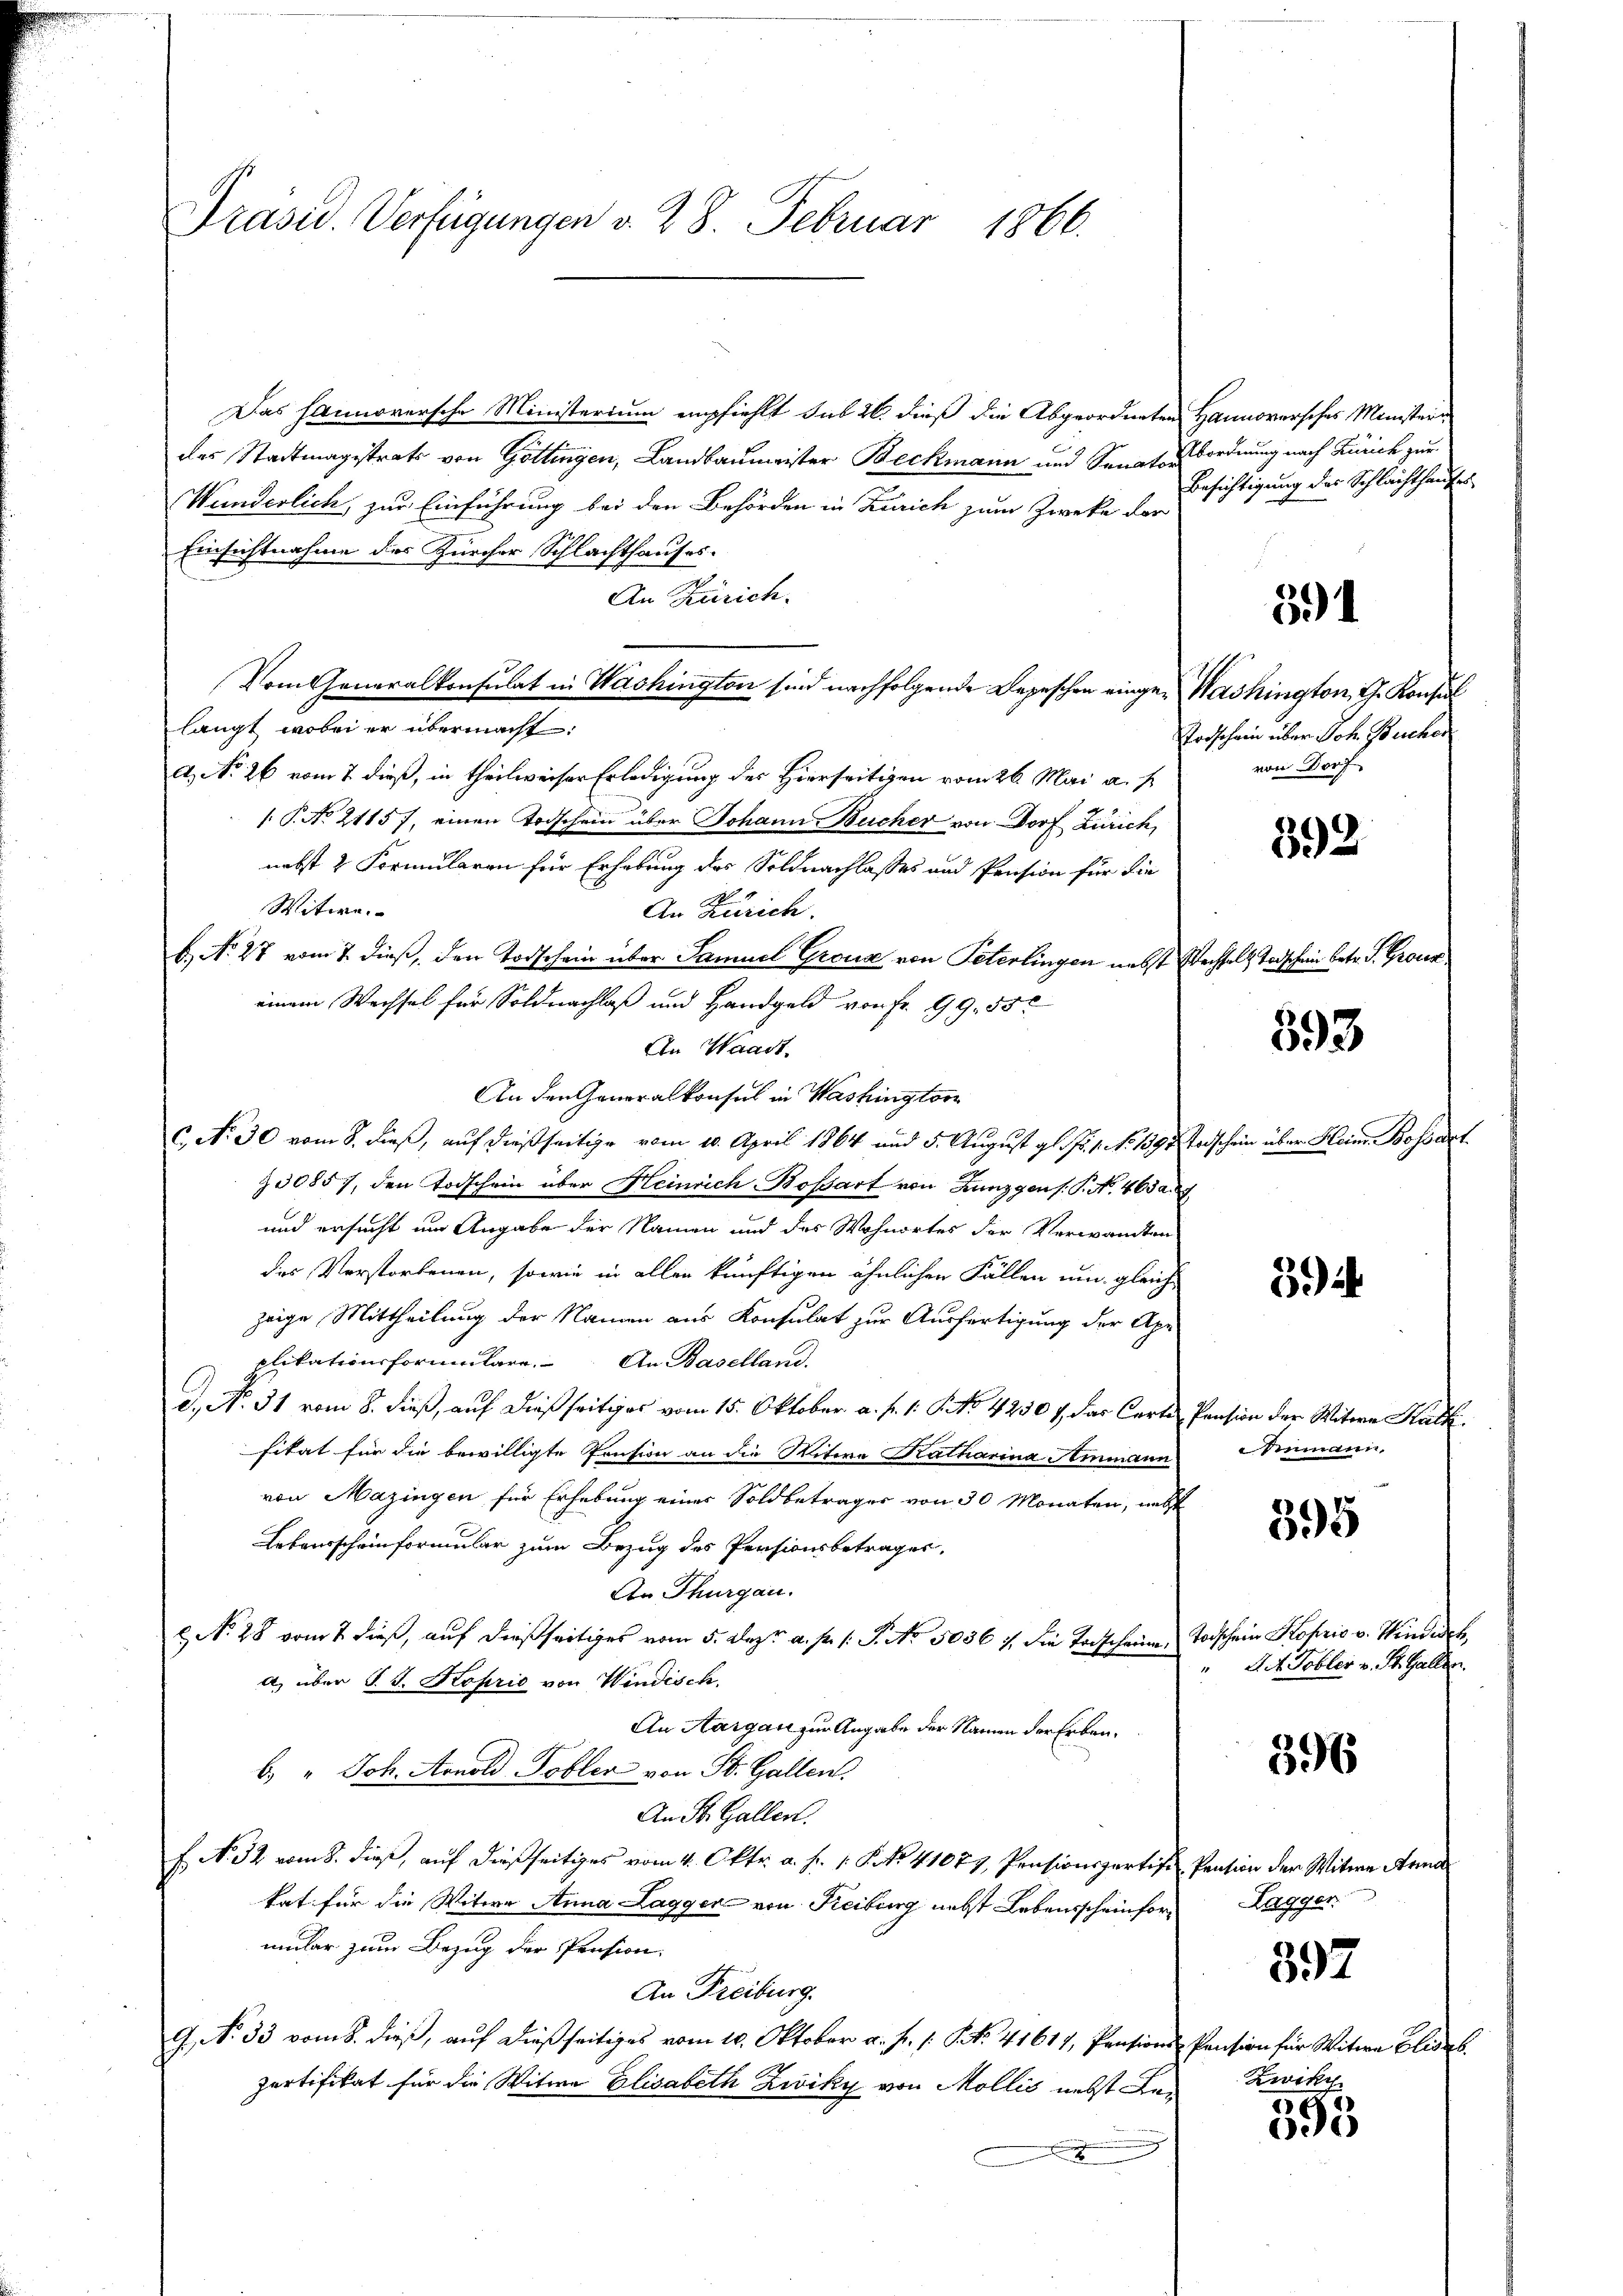
Präsid. Verfügungen v. 28. Februar 1866.

Das Hannoversche Ministerium empfiehlt sub 26. dieß die Abgeordneten Hannoversches Ministeri
des Stadtmagistrats von Göttingen, Landbaumeister Beckmann und Senats ordnung nach Zürich zur
Wunderlich, zur Einführung bei den Behörden in Zürich zum Zwecke der
Einsichtnahme des Zürcher Schlachthauses.
An Zürich.
Vom Generalkonsulat in Washington sind nachfolgende Depeschen einge- Washington G. Konsul
langt, wobei er übermacht:
A, No 26 vom 7 dieß, in theilweiser Erledigung des Hierseitigen vom 26. Mai a. f.
[: P. No 2115 f, einen Todschein über Johann Bucher von Dorf Zürich,
nebst 2 Formularen für Erhebung des Soldnachlasses und Pension für die
Witwe
An Zürich.
b) No 27 vom 7. dieß, den Todschein über Samuel Graus von Peterlingen nebst Wechsels Todschein betr. S. Groun
einem Wechsel für Soldnachlaß und Handgeld von Fr. 99. 550
An Waadt.
An den Generalkonsul in Washington
c. No 30 vom 8. dieß, auf dießseitige vom 10. April 1864 und 5. August gl. P. 1. No 1391 Todschein über Heine Bossart
Z 30857, den Todschein über Heinrich-Bossart von Lunzgens. P. Nr. 465 a.
und ersucht um Angabe der Namen und des Wohnortes der Verwandten
des Verstorbenen, sowie in allen künftigen ähnlichen Fällen um gleiche
zeige Mittheilung der Namen aus Konsulat zur Ausfertigung der Apr
plikationsformulare. An Baselland.
A. No. 31 vom 8. dieß, auf dießseitiges vom 15. Oktober a. f. 1. P. No 4250 & das Carte Pension der Witwe Kal
sitat für die bewilligte Pension an die Witwe Katharina Ammann
von Mazingen für Erhebung eines Soldbetrages von 30 Monaten, nebst
Lebensscheinformular zum Bezug des Pensionsbetrages,
An Thurgau.
 No 28 vom 2. dieß, auf dießseitiges vom 5. Dez. a. pr. s. S. No. 5036. 7. die Todscheinen Todschein Kopris v. Hendisch,
a) über S. S. Koprio von Windisch.
An Aargau zur Angabe der Namen der Erbaub. " Joh. Arnold Tobler von St. Gallen.
An St. Gallen.
E N. 32 vom 8. dieß, auf dießseitiges vom 4. Oktr. a. f. 1. No. 41077, Pensionsportis Pention der Witwe Arma
kat für die Witwe Anna Laggen von Reiburg nebst Lebensscheinformular zum Bezug der Pension.
An Freiburg.
G. No 33 vom 8. dieß, auf dießseitiges vom 10. Oktober a. f. 1. Frk. 41617, Pensions Pension für Witwe Elis.
partifikat für die Witwe Elisabeth Zwiky von Mollis nebst Lei¬

Besichtigung des Schlachthauses

591

Todschein über Joh. Bucher
von Dorf

392

593

39

Snmann,

395

Act. Tobler v. St. Gallen.

396

Lagger

397

E
5

Zwikz